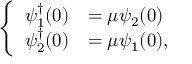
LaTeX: \left\{ \begin{array} { l l } { { \psi _ { 1 } ^ { \dagger } ( 0 ) } } & { { = \mu \psi _ { 2 } ( 0 ) } } \\ { { \psi _ { 2 } ^ { \dagger } ( 0 ) } } & { { = \mu \psi _ { 1 } ( 0 ) , } } \end{array} \right.